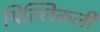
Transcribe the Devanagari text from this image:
थिल्लिकली